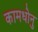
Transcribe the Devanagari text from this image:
कामधोनु